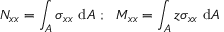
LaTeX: N _ { x x } = \int _ { A } \sigma _ { x x } ~ \mathrm { d } A ~ ; ~ ~ M _ { x x } = \int _ { A } z \sigma _ { x x } ~ \mathrm { d } A